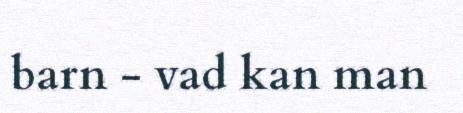
barn - vad kan man